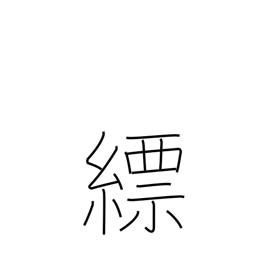
Meaning: light blue